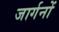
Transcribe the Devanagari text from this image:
जार्गनों